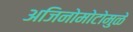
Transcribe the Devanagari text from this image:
अजिनोमोटोमुळे